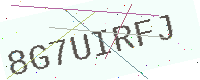
Text: 8G7UIRFJ